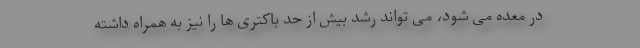
در معده می شود، می تواند رشد بیش از حد باکتری ها را نیز به همراه داشته